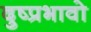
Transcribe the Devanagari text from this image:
दुष्प्रभावो